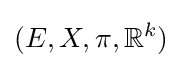
(E,X,\pi ,\mathbb {R} ^{k})